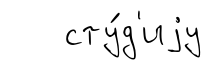
сту́д'иjу